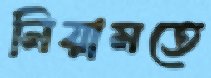
নিয়ামতে